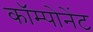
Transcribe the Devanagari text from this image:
कॉम्पोनेंट